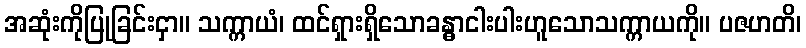
အဆုံးကိုပြုခြင်းငှာ။ သက္ကာယံ၊ ထင်ရှားရှိသောခန္ဓာငါးပါးဟူသောသက္ကာယကို။ ပဇဟတိ၊